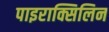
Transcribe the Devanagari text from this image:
पाइराक्सिलिन